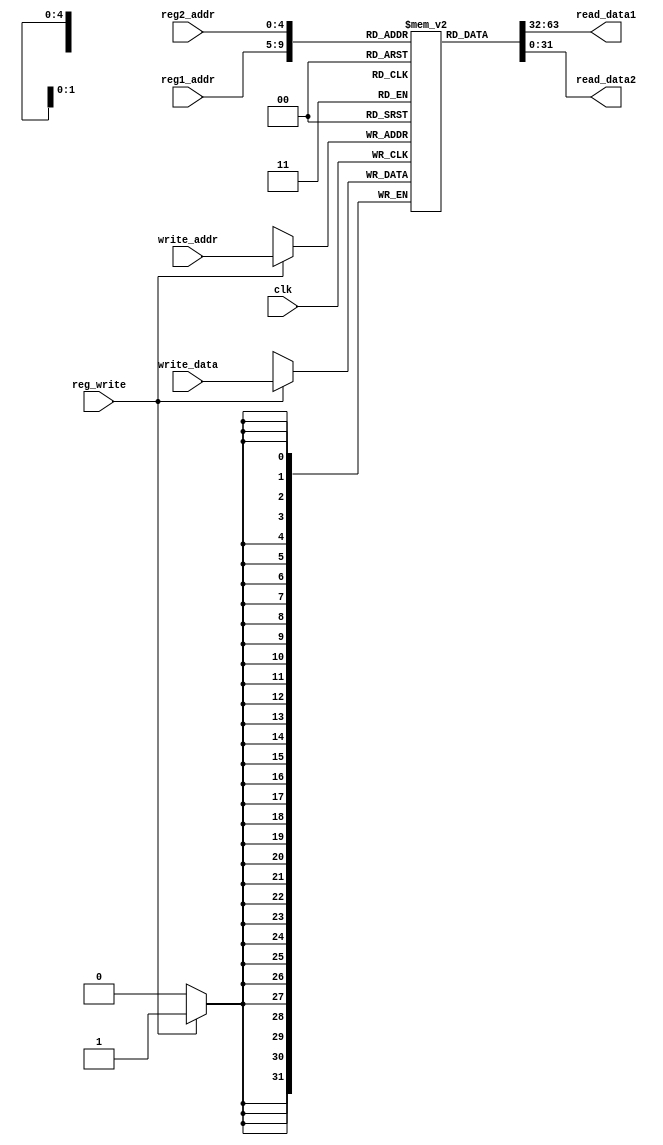
`timescale 1ns / 1ps
//////////////////////////////////////////////////////////////////////////////////
// Company: 
// Engineer: 
// 
// Design Name: 
// Module Name:    register_bank 
// Project Name: 
// Target Devices: 
// Tool versions: 
// Description: 
//
// Dependencies: 
//
// Revision: 
// Revision 0.01 - File Created
// Additional Comments: 
//
//////////////////////////////////////////////////////////////////////////////////
module register_bank(
	input clk,
	input [31:0] write_data,
	input [4:0] reg1_addr,
	input [4:0] reg2_addr,
	input [4:0] write_addr,
	input reg_write,
	output [31:0] read_data1,
	output [31:0] read_data2
    );

	reg [31:0] reg_bank [31:0];
	integer i;
	assign read_data1 = reg_bank[reg1_addr];
	assign read_data2 = reg_bank[reg2_addr];
   initial
	begin
	  for(i=0;i<32;i=i+1)
			reg_bank[i]=32'b0;
	end	
	always @(posedge clk)
	begin
		if(reg_write==1)
			reg_bank[write_addr] = write_data;
	end
	
endmodule